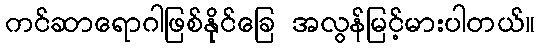
ကင်ဆာရောဂါဖြစ်နိုင်ခြေ အလွန်မြင့်မားပါတယ်။